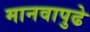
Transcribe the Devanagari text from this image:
मानवापुढे